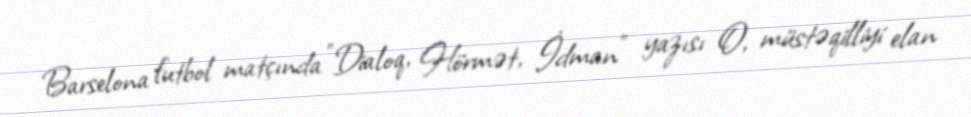
Barselona futbol matçında "Dialoq, Hörmət, İdman" yazısı O, müstəqilliyi elan